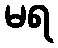
မရ